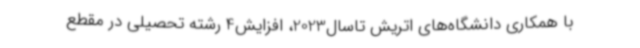
با همکاری دانشگاه‌های اتریش تاسال2023، افزایش4 رشته تحصیلی در مقطع